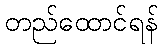
တည်ထောင်ရန်